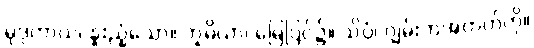
မုဒုကာယ၊ နူးညံ့သော။ ဘူမိယာ၊ မြေပြင်၌။ သိပ္ပံ၊ ဂျွမ်းကအတတ်ကို။